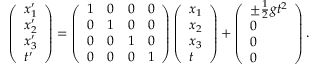
\begin{array} { r } { \left( \begin{array} { l } { x _ { 1 } ^ { \prime } } \\ { x _ { 2 } ^ { \prime } } \\ { x _ { 3 } ^ { \prime } } \\ { t ^ { \prime } } \end{array} \right) = \left( \begin{array} { l l l l } { 1 } & { 0 } & { 0 } & { 0 } \\ { 0 } & { 1 } & { 0 } & { 0 } \\ { 0 } & { 0 } & { 1 } & { 0 } \\ { 0 } & { 0 } & { 0 } & { 1 } \end{array} \right) \left( \begin{array} { l } { x _ { 1 } } \\ { x _ { 2 } } \\ { x _ { 3 } } \\ { t } \end{array} \right) + \left( \begin{array} { l } { \pm \frac { 1 } { 2 } g t ^ { 2 } } \\ { 0 } \\ { 0 } \\ { 0 } \end{array} \right) . } \end{array}